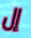
إل